Vaccination in Bombay 1869-1873 - 1869-1873
Year: 1869
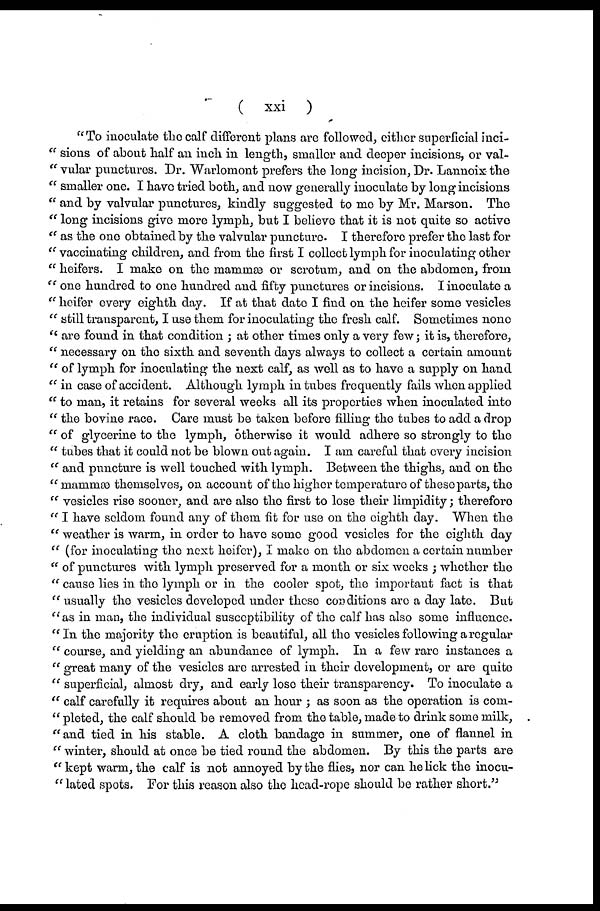
( xxi )
"To inoculate the calf different plans are followed, either superficial inci-
" sions of about half an inch in length, smaller and deeper incisions, or val-
" vular punctures. Dr. Warlomont prefers the long incision, Dr. Lannoix the
" smaller one. I have tried both, and now generally inoculate by long incisions
" and by valvular punctures, kindly suggested to me by Mr. Marson. The
" long incisions give more lymph, but I believe that it is not quite so active
" as the one obtained by the valvular puncture. I therefore prefer the last for
" vaccinating children, and from the first I collect lymph for inoculating other
" heifers. I make on the mammæ or scrotum, and on the abdomen, from
" one hundred to one hundred and fifty punctures or incisions. I inoculate a
" heifer every eighth day. If at that date I find on the heifer some vesicles
" still transparent, I use them for inoculating the fresh calf. Sometimes none
" are found in that condition ; at other times only a very few; it is, therefore,
" necessary on the sixth and seventh days always to collect a certain amount
" of lymph for inoculating the next calf, as well as to have a supply on hand
" in case of accident. Although lymph in tubes frequently fails when applied
" to man, it retains for several weeks all its properties when inoculated into
" the bovine race. Care must be taken before filling the tubes to add a drop
" of glycerine to the lymph, otherwise it would adhere so strongly to the
" tubes that it could not be blown out again. I am careful that every incision
" and puncture is well touched with lymph. Between the thighs, and on the
" mammæ themselves, on account of the higher temperature of these parts, the
" vesicles rise sooner, and are also the first to lose their limpidity; therefore
" I have seldom found any of them fit for use on the eighth day. When the
" weather is warm, in order to have some good vesicles for the eighth day
" (for inoculating the next heifer), I make on the abdomen a certain number
" of punctures with lymph preserved for a month or six weeks ; whether the
" cause lies in the lymph or in the cooler spot, the important fact is that
" usually the vesicles developed under these conditions are a day late. But
" as in man, the individual susceptibility of the calf has also some influence.
"In the majority the eruption is beautiful, all the vesicles following a regular
" course, and yielding an abundance of lymph. In a few rare instances a
" great many of the vesicles are arrested in their development, or are quite
" superficial, almost dry, and early lose their transparency. To inoculate a
" calf carefully it requires about an hour ; as soon as the operation is com-
" pleted, the calf should be removed from the table, made to drink some milk,
"and tied in his stable. A cloth bandage in summer, one of flannel in
" winter, should at once be tied round the abdomen. By this the parts are
" kept warm, the calf is not annoyed by the flies, nor can he lick the inocu-
" lated spots. For this reason also the head-rope should be rather short."